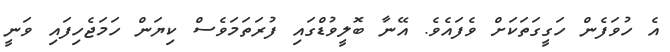
އެ ހުވަފެން ހަގީގަތަކަށް ވެފައެވެ. އޭނާ ބޮލީވުޑްގައި ފުރަތަމަވެސް ކިޔަން ހަމަޖެހިފައި ވަނީ